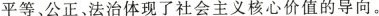
平等、公正、法治体现了社会主义核心价值的导向。